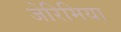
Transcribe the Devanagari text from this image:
जेरिमिया